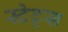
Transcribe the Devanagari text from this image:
स्टेट्‍स